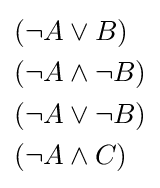
{\begin{aligned}(\lnot A&\lor B)\\(\lnot A&\land \lnot B)\\(\lnot A&\lor \lnot B)\\(\lnot A&\land C)\end{aligned}}